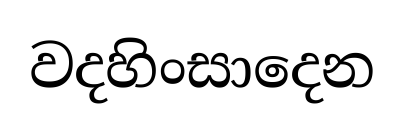
වදහිංසාදෙන